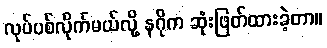
လုပ်ပစ်လိုက်မယ်လို့ နဂိုက ဆုံးဖြတ်ထားခဲ့တာ။